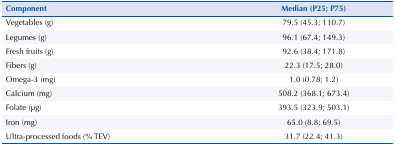
<table><thead><tr><td><b>Component</b></td><td><b>Median (P25; P75)</b></td></tr></thead><tbody><tr><td>Vegetables (g)</td><td>79.5 (45.3; 110.7)</td></tr><tr><td>Legumes (g)</td><td>96.1 (67.4; 149.3)</td></tr><tr><td>Fresh fruits (g)</td><td>92.6 (38.4; 171.8)</td></tr><tr><td>Fibers (g)</td><td>22.3 (17.5; 28.0)</td></tr><tr><td>Omega-3 (mg)</td><td>1.0 (0.78; 1.2)</td></tr><tr><td>Calcium (mg)</td><td>508.2 (368.1; 673.4)</td></tr><tr><td>Folate (μg)</td><td>393.5 (323.9; 503.1)</td></tr><tr><td>Iron (mg)</td><td>65.0 (8.8; 69.5)</td></tr><tr><td>Ultra-processed foods (% TEV)</td><td>31.7 (22.4; 41.3)</td></tr></tbody></table>